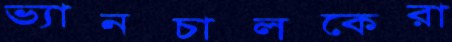
ভ্যানচালকেরা